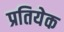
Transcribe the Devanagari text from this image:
प्रतियेक